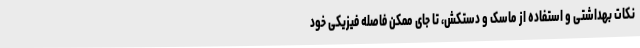
نکات بهداشتی و استفاده از ماسک و دستکش، تا جای ممکن فاصله فیزیکی خود